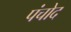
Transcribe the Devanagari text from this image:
पंचोद